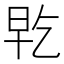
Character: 𭥡